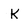
Character: K